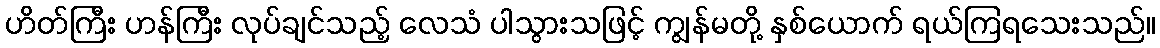
ဟိတ်ကြီး ဟန်ကြီး လုပ်ချင်သည့် လေသံ ပါသွားသဖြင့် ကျွန်မတို့ နှစ်ယောက် ရယ်ကြရသေးသည်။